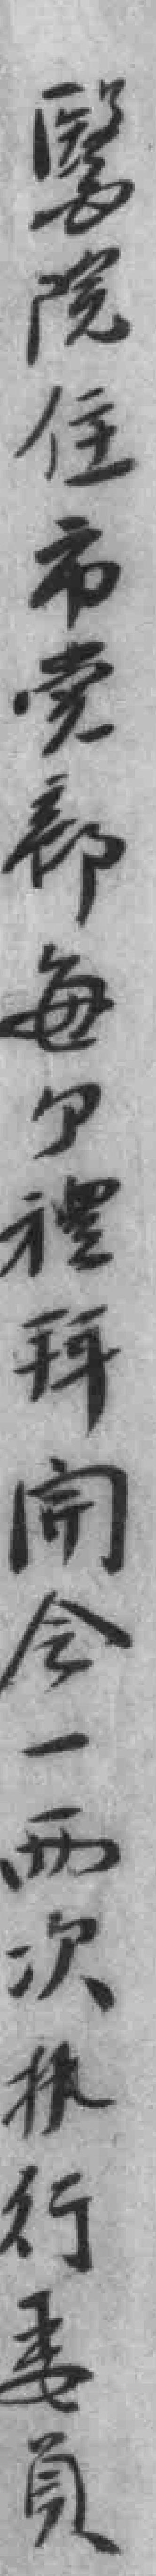
醫院住市党部每个禮拜𫔭会一两次执行委员